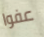
عفوا